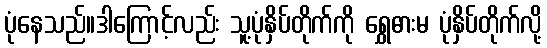
ပုံနေသည်။ဒါကြောင့်လည်း သူ့ပုံနှိပ်တိုက်ကို ရွှေဓားမ ပုံနှိပ်တိုက်လို့